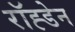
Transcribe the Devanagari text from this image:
रॉह्डेन